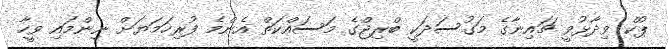
ޕުކް ވިދާޅުވީ ޗައިނާގެ މަގުސަދަކީ ބްރިޖްގެ މަސައްކަތް އެންމެ ފުރިހަމަޔަށް ނިންމައި ވީހާ